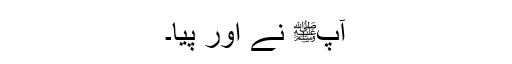
آپﷺ نے اور پیا۔